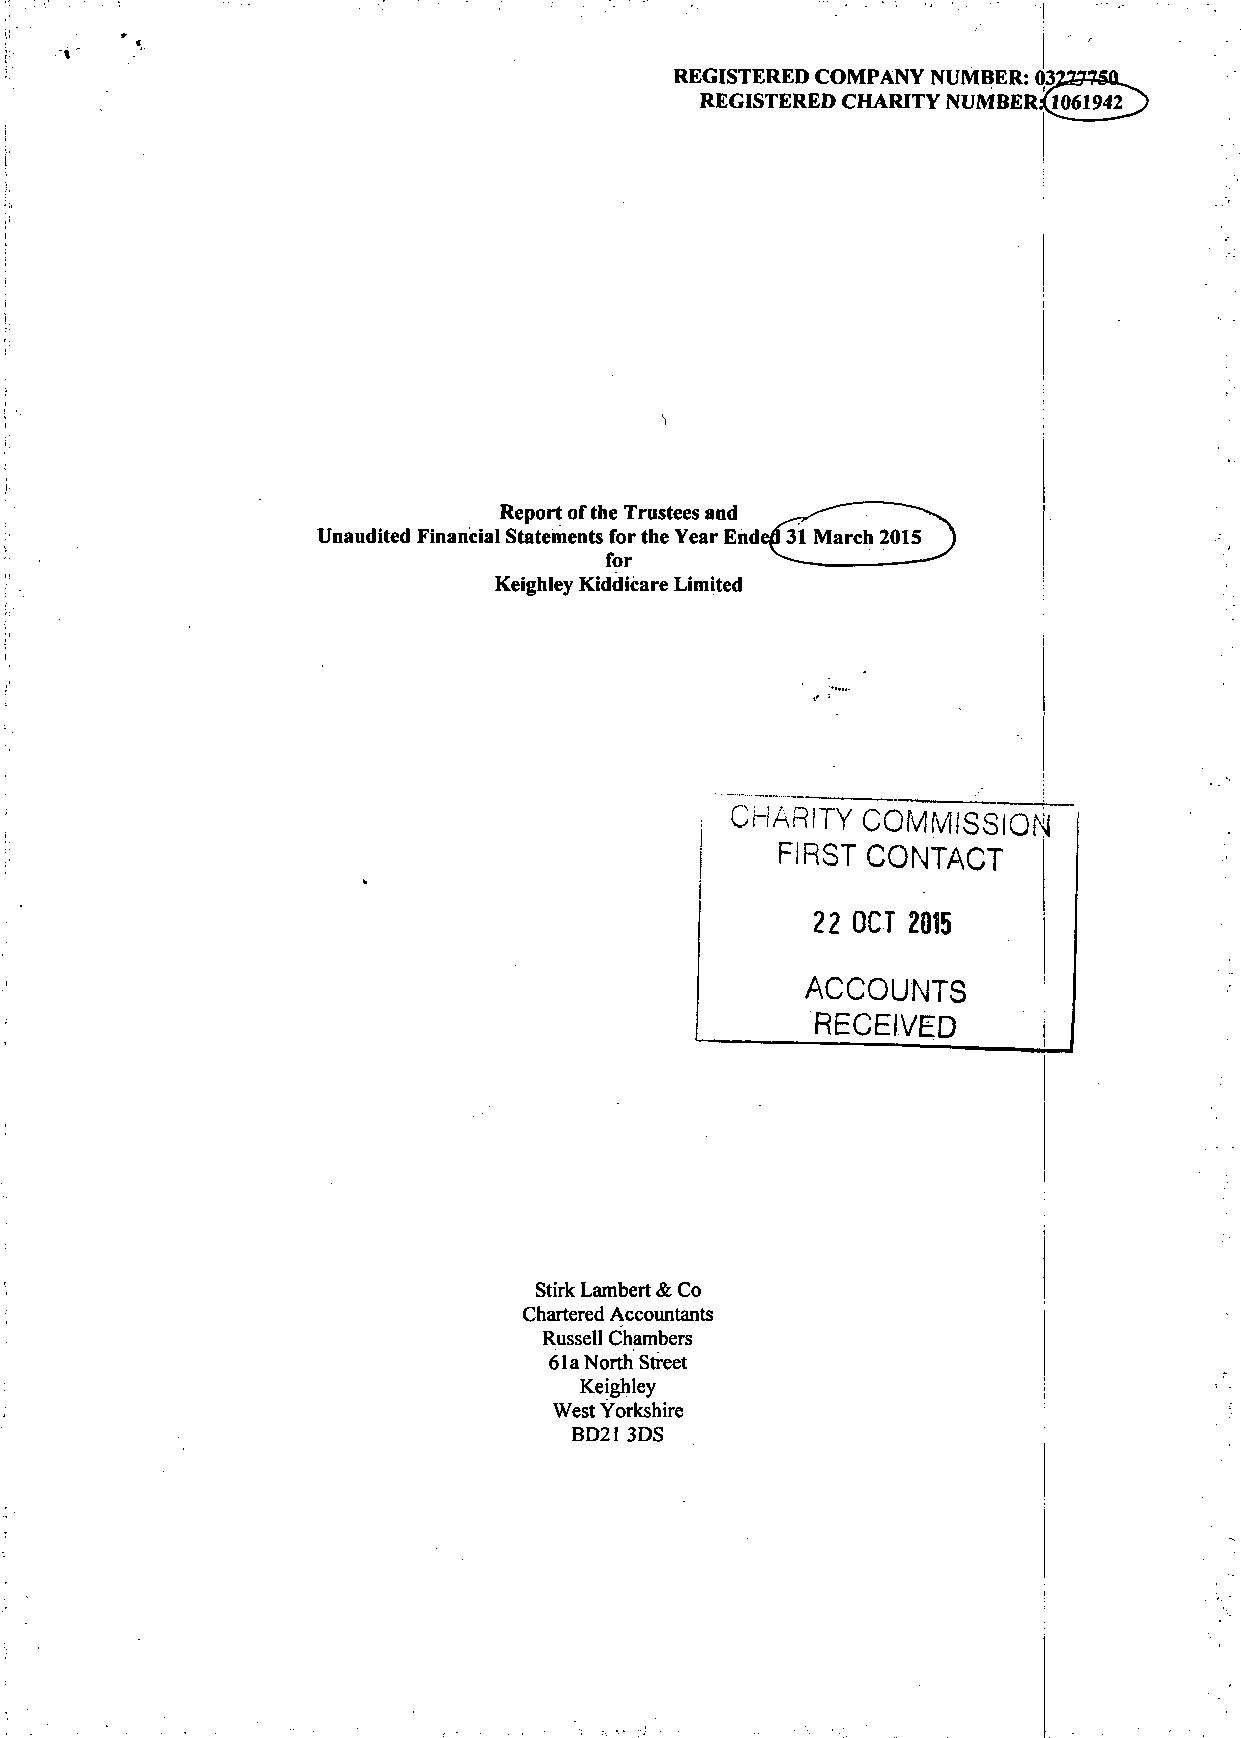
REGISTERED COMPANY NUMBER: 032
 REGISTERED CHARITY NUMBER.-U061942
 Report of the Trustees and
 Unaudited Financial Statements for the Year Ende0 31 March 2015
 for
 Keighley Kiddicare Limited
 CHARITY  COMMISSION
 FIRST CONTACT
 22 OCT 2015
 ACCOUNTS
 RECEIVED       i
 Stirk Lambert & Co
 Chartered Accountants
 Russell Chambers
 61a North Street
 Keighley
 West Yorkshire
 BD21 3DS